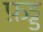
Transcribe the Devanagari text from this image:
फ़ड्ड